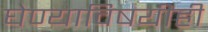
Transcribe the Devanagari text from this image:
घेण्याविषयीही